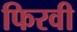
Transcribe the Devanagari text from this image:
फिरवी